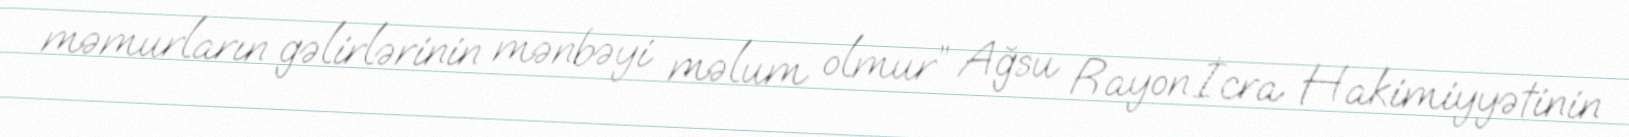
məmurların gəlirlərinin mənbəyi məlum olmur” Ağsu Rayon İcra Hakimiyyətinin